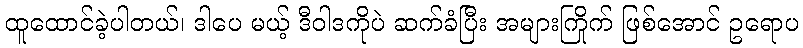
ထူထောင်ခဲ့ပါတယ်၊ ဒါပေ မယ့် ဒီဝါဒကိုပဲ ဆက်ခံပြီး အများကြိုက် ဖြစ်အောင် ဥရောပ